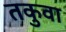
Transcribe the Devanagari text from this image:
तकुवा